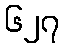
၆၂၇